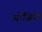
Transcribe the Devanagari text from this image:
गोजिरी